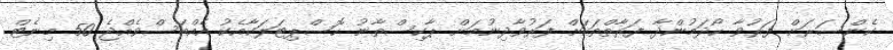
ކެންސަރަށް ފަރުވާ ހޯދަމުންދާ ފަރާތްތަކަށް ފަރުވާދިނުމަށް ޕާކިސްތާނު ހޮސްޕިޓަލަކާއެކު އެއްބަސްވެއްޖެ 50 މިނެޓް